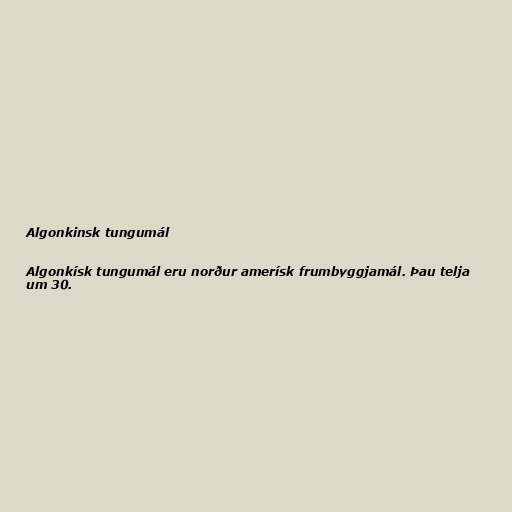
Algonkinsk tungumál

Algonkísk tungumál eru norður amerísk frumbyggjamál. Þau telja
um 30.